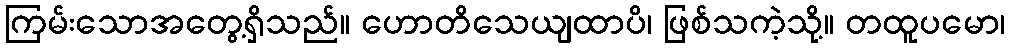
ကြမ်းသောအတွေ့ရှိသည်။ ဟောတိသေယျထာပိ၊ ဖြစ်သကဲ့သို့။ တထူပမော၊